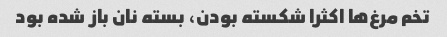
تخم مرغ‌ها اکثرا شکسته بودن، بسته نان باز شده بود